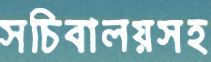
সচিবালয়সহ